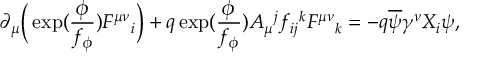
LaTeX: \partial _ { \mu } \Big ( \exp ( \frac { \phi } { f _ { \phi } } ) F ^ { \mu \nu } { } _ { i } \Big ) + q \exp ( \frac { \phi } { f _ { \phi } } ) A _ { \mu } { } ^ { j } f _ { i j } { } ^ { k } F ^ { \mu \nu } { } _ { k } = - q \overline { { { \psi } } } \gamma ^ { \nu } X _ { i } \psi ,